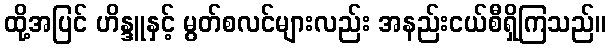
ထို့အပြင် ဟိန္ဒူနှင့် မွတ်စလင်များလည်း အနည်းငယ်စီရှိကြသည်။